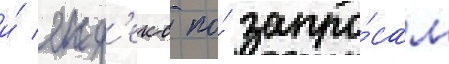
и́ янд'екс по́ запро́сам